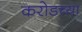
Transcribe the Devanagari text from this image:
करोडच्या